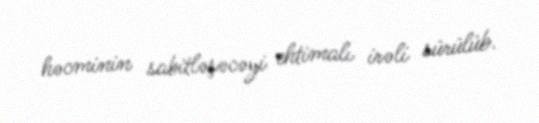
həcminin sabitləşəcəyi ehtimalı irəli sürülüb.